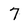
Character: 7